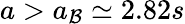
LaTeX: a>a_{\mathcal{B}}\simeq2.82s